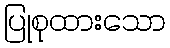
ပြုစုထားသော